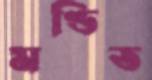
মণ্ডিত